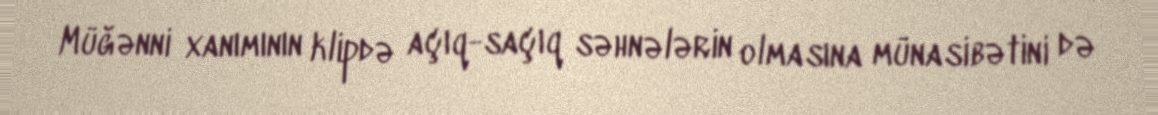
Müğənni xanımının klipdə açıq-saçıq səhnələrin olmasına münasibətini də